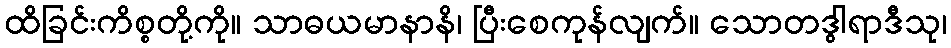
ထိခြင်းကိစ္စတို့ကို။ သာဓယမာနာနိ၊ ပြီးစေကုန်လျက်။ သောတဒွါရာဒီသု၊